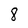
Character: 8